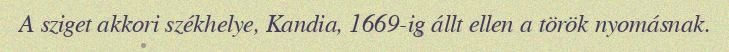
A sziget akkori székhelye, Kandia, 1669-ig állt ellen a török nyomásnak.